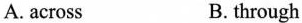
A.across B.through